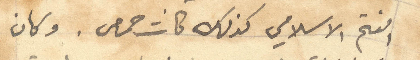
الفتح الاسلامي كذلك كانت حمص. وكان